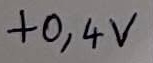
Text: +0,4V